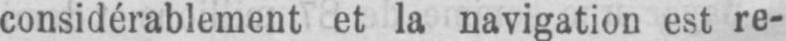
considérablement et la navigation est re-